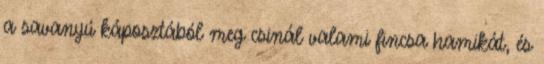
a savanyú káposztából meg csinál valami fincsa hamikát, és